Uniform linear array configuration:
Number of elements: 8
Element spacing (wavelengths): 0.25
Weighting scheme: uniform
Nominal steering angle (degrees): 0
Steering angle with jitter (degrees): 0.9018
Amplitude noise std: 0.05
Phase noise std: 0.05

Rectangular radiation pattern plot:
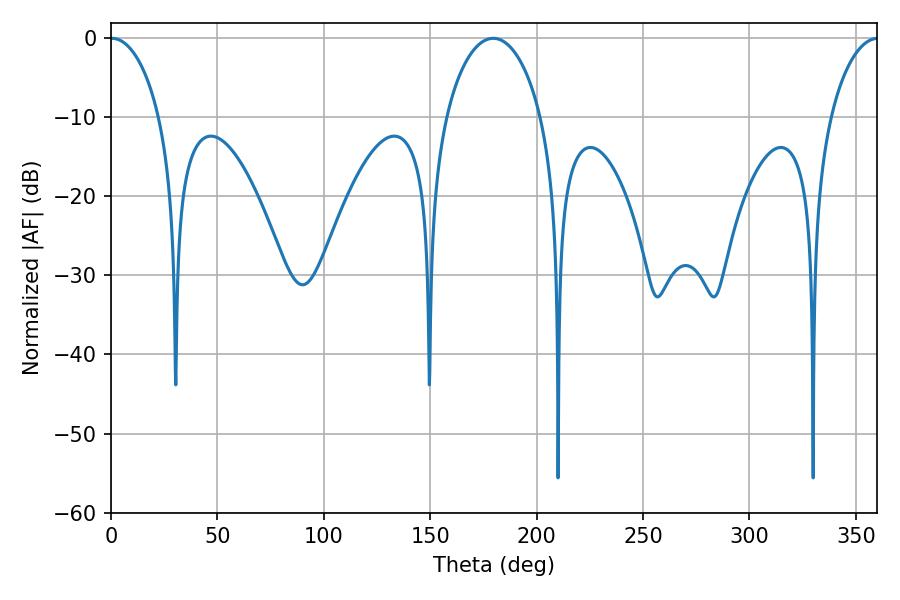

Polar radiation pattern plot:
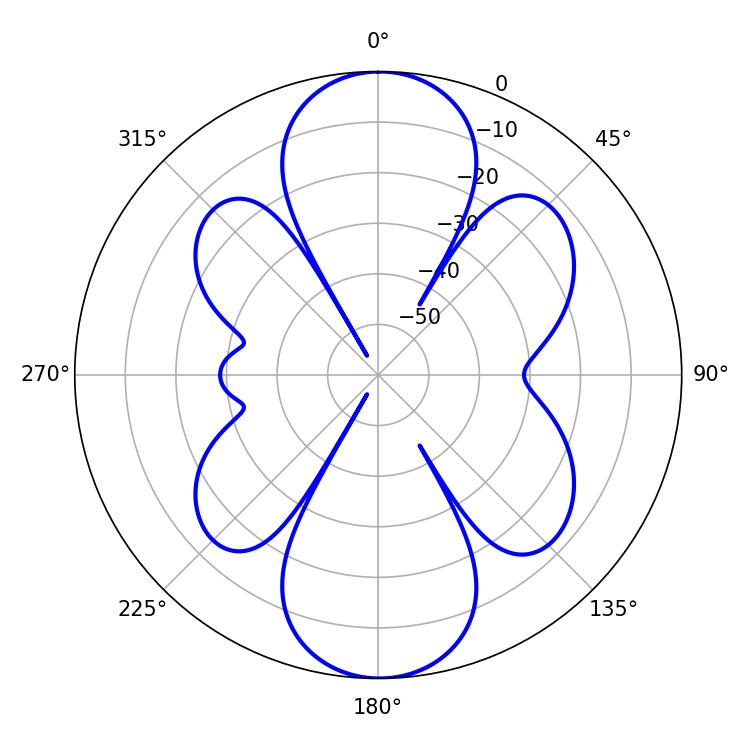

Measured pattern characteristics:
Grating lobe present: FALSE
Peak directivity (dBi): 20.056
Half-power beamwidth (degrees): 13.32
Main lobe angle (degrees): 0.36